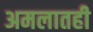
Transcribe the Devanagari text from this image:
अमलातही